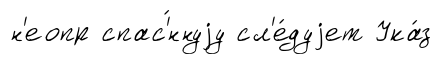
н'еопр спас'́ннуjу сл'е́дуjет Ука́з